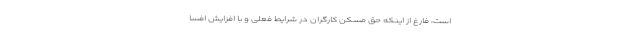
است، فارغ از اینکه حق مسکن کارگران در شرایط فعلی و با افزایش افسا